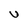
Character: U